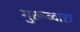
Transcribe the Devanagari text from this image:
गुरूव्‍दारा